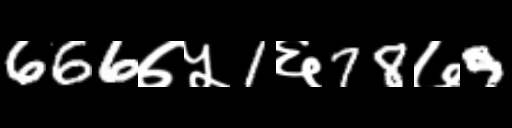
Text: 666७५1६78७9